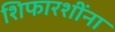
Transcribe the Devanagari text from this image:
शिफारशींना